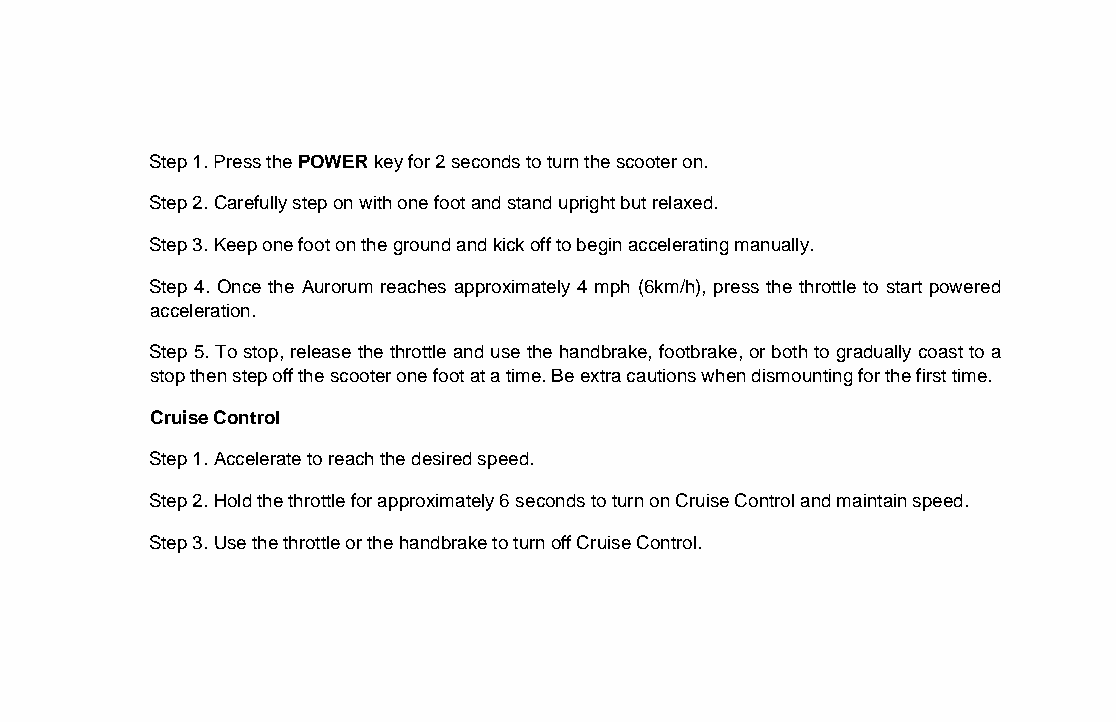
Step 1. Press the POWER key for 2 seconds to turn the scooter on.
 Step 2. Carefully step on with one foot and stand upright but relaxed.
 Step 3. Keep one foot on the ground and kick off to begin accelerating manually.
 Step 4. Once the Aurorum reaches approximately 4 mph (6km/h), press the throttle to start powered
 acceleration.
 Step 5. To stop, release the throttle and use the handbrake, footbrake, or both to gradually coast to a
 stop then step off the scooter one foot at a time. Be extra cautions when dismounting for the first time.
 Cruise Control
 Step 1. Accelerate to reach the desired speed.
 Step 2. Hold the throttle for approximately 6 seconds to turn on Cruise Control and maintain speed.
 Step 3. Use the throttle or the handbrake to turn off Cruise Control.